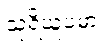
သုရိယူပမာ